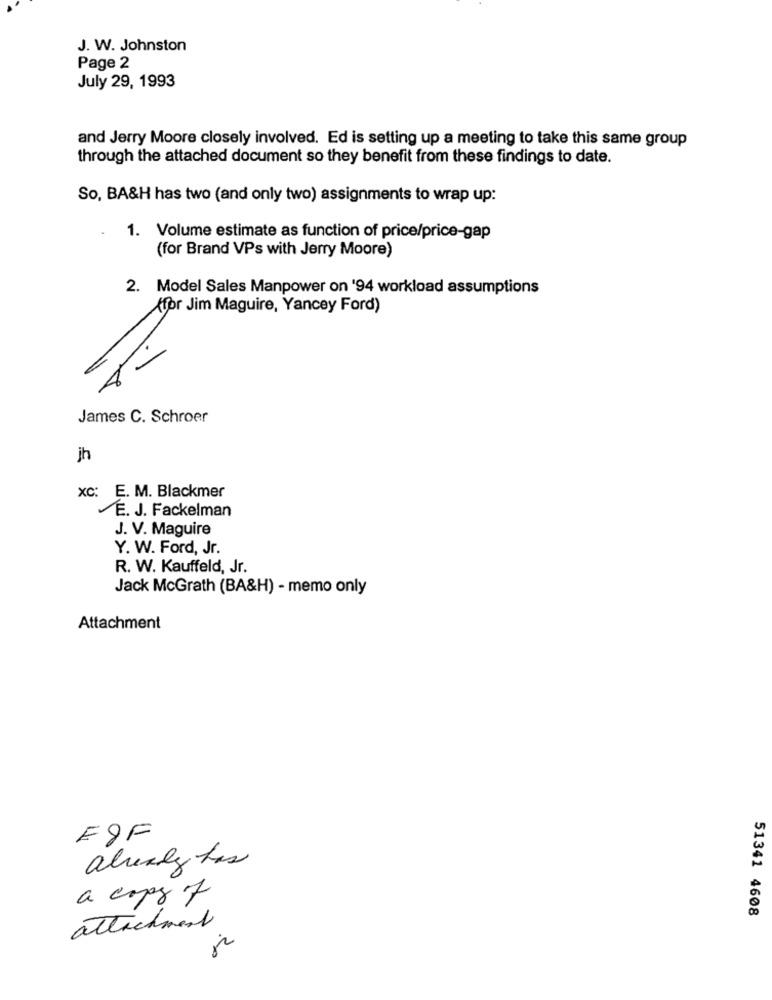
J. W. Johnston
Page 2
July 29, 1993
and Jerry Moore closely involved. Ed is setting up a meeting to take this same group
through the attached document so they benefit from these findings to date.
So, BA&H has two (and only two) assignments to wrap up:
1. Volume estimate as function of price/price-gap
(for Brand VPs with Jerry Moore)
2. Model Sales Manpower on '94 workload assumptions
(for Jim Maguire, Yancey Ford)
James C. Schroer
jh
xc: E. M. Blackmer
E. J. Fackelman
J. V. Maguire
Y. W. Ford, Jr.
R. W. Kauffeld, Jr.
Jack McGrath (BA&H) - memo only
Attachment
EgF
already has
a copy of
51341 4608
attachment
20